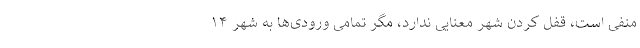
منفی است، قفل کردن شهر معنایی ندارد، مگر تمامی ورودی‌ها به شهر ۱۴